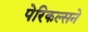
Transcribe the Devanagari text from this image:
पेरिकल्सने